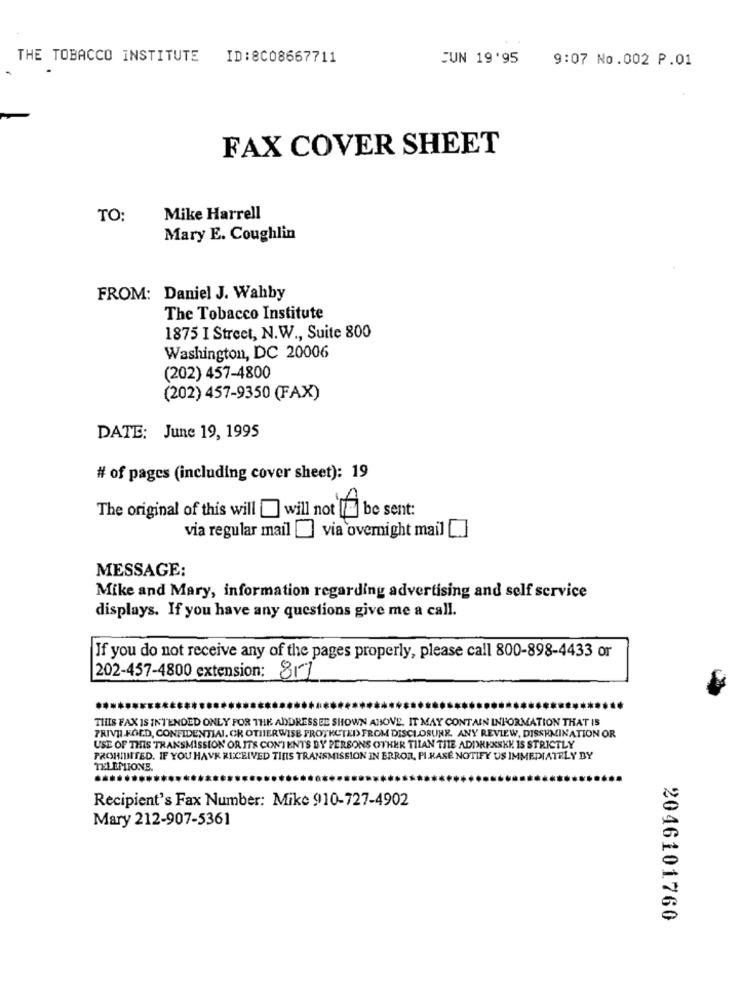
THE TOBACCO INSTITUTE ID:8008667711
JUN 19'95
9:07 No.002 P.01
FAX COVER SHEET
TO:
Mike Harrell
Mary E. Coughlin
FROM: Daniel J. Wahby
The Tobacco Institute
1875 I Street, N.W ., Suite 800
Washington, DC 20006
(202) 457-4800
(202) 457-9350 (FAX)
DATE: June 19, 1995
# of pages (including cover sheet): 19
The original of this will will not be sent:
via regular mail [ via overnight mail []
MESSAGE:
Mike and Mary, information regarding advertising and self service
displays. If you have any questions give me a call.
If you do not receive any of the pages properly, please call 800-898-4433 or
202-457-4800 extension: 817
THIS FAX IS INTENDED ONLY FOR THE ADDRESSEE SHOWN ABOVE. IT MAY CONTAIN INFORMATION THAT IS
PRIVEI FOLD, CONFIDENTIAL, OR OTHERWISE PROTECTED FROM DISCLOSURE. ANY REVIEW, DISSEMINATION OR
USE OF THIS TRANSMISSION OR ITS CONTENTS BY PERSONS OTHER TILAN TITE ADIREXSKY IS STRICTLY
PROHIBITED. IF YOU HAVE RECEIVED THIS TRANSMISSION IN ERROR, PIKASE NOTIFY US IMMEDIATELY BY
TELEMLIONE.
Recipient's Fax Number: Mike 910-727-4902
Mary 212-907-5361
2046101760